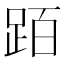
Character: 𬦰